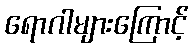
ရောဂါများကြောင့်